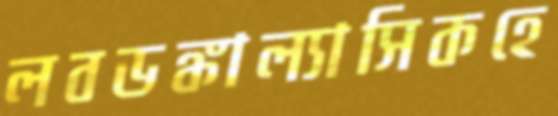
লবডঙ্কাল্যাসিকহে